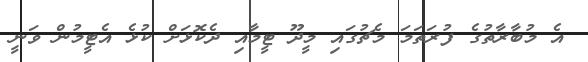
އެ މުބާރާތުގެ ފުރަތަމަ މެޗުގައި މީދޫ ޓީމާއި ދެކޮޅަށް ކުޅެ އެޓީމުން ވަނީ